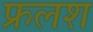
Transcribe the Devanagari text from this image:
फ्रलश